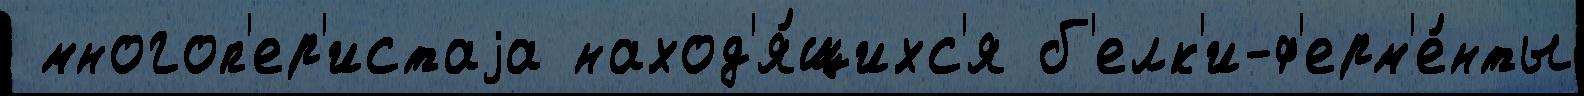
 многоп'ер'истаjа наход'я́щихс'я б'елк'и-ф'ерм'е́нты